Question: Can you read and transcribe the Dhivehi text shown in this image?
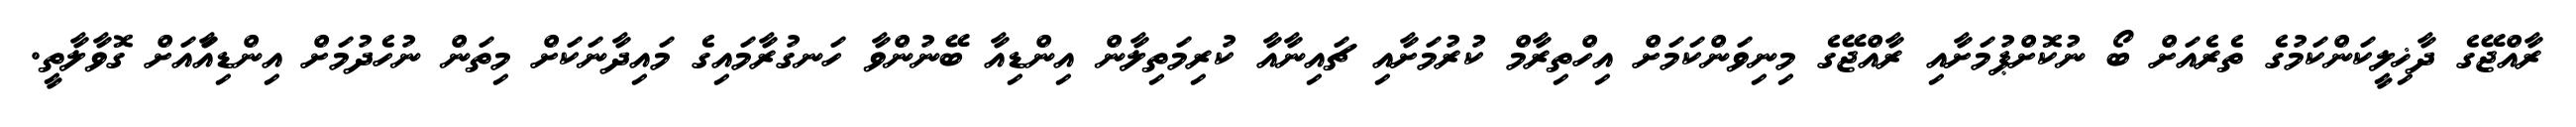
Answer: ރާއްޖޭގެ ދާޚިލީކަންކަމުގެ ތެރެއަށް ބޯ ނުކޮށްޕުމަށާއި ރާއްޖޭގެ މިނިވަންކަމަށް އިހްތިރާމް ކުރުމަށާއި ޗައިނާއާ ކުރިމަތިލާން އިންޑިއާ ބޭނުންވާ ހަނގުރާމައިގެ މައިދާނަކަށް މިތަން ނުހެދުމަށް އިންޑިއާައަށް ގޮވާލާތީ.